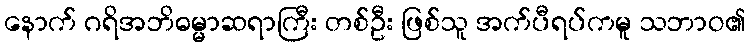
နောက် ဂရိအဘိဓမ္မာဆရာကြီး တစ်ဦး ဖြစ်သူ အက်ပီရပ်ကမူ သဘာဝ၏